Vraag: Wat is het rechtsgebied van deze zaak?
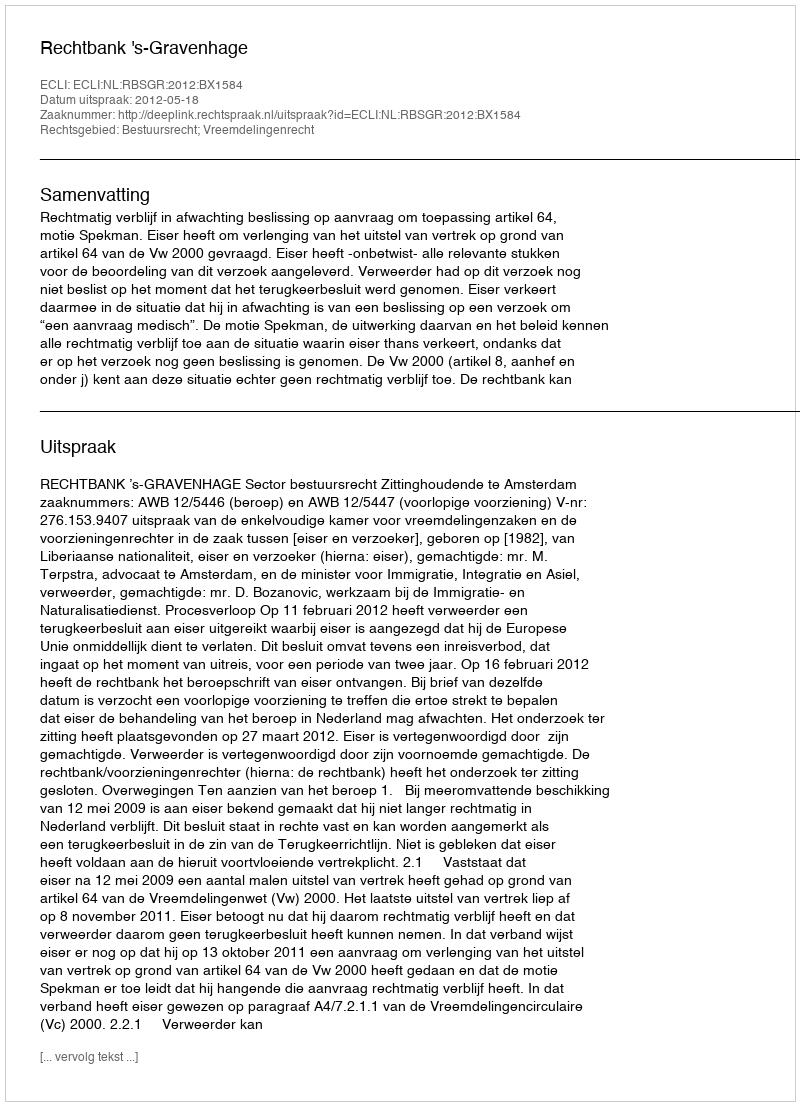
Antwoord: Bestuursrecht; Vreemdelingenrecht